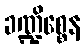
ခဏ္ဍိစ္စေန